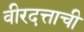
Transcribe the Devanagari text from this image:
वीरदत्ताची